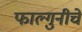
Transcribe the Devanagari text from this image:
फाल्गुनीचे